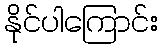
နိုင်ပါကြောင်း